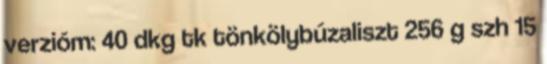
verzióm: 40 dkg tk tönkölybúzaliszt 256 g szh 15